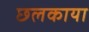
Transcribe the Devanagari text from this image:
छलकाया